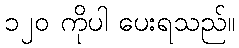
၁၂၀ ကိုပါ ပေးရသည်။